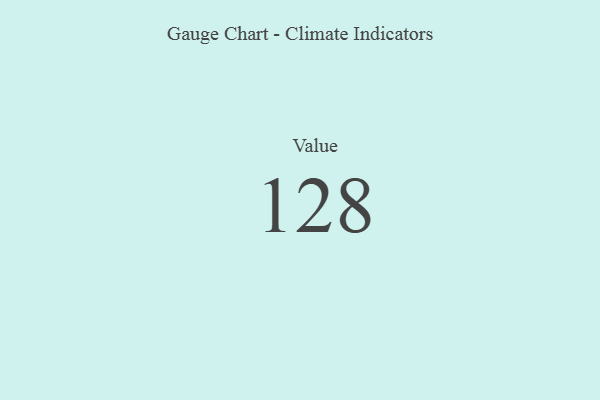
{"axis": {"x": "Metric", "y": "Value"}, "legend": [""], "data": [{"x": "Value", "y": 128, "type": ""}]}